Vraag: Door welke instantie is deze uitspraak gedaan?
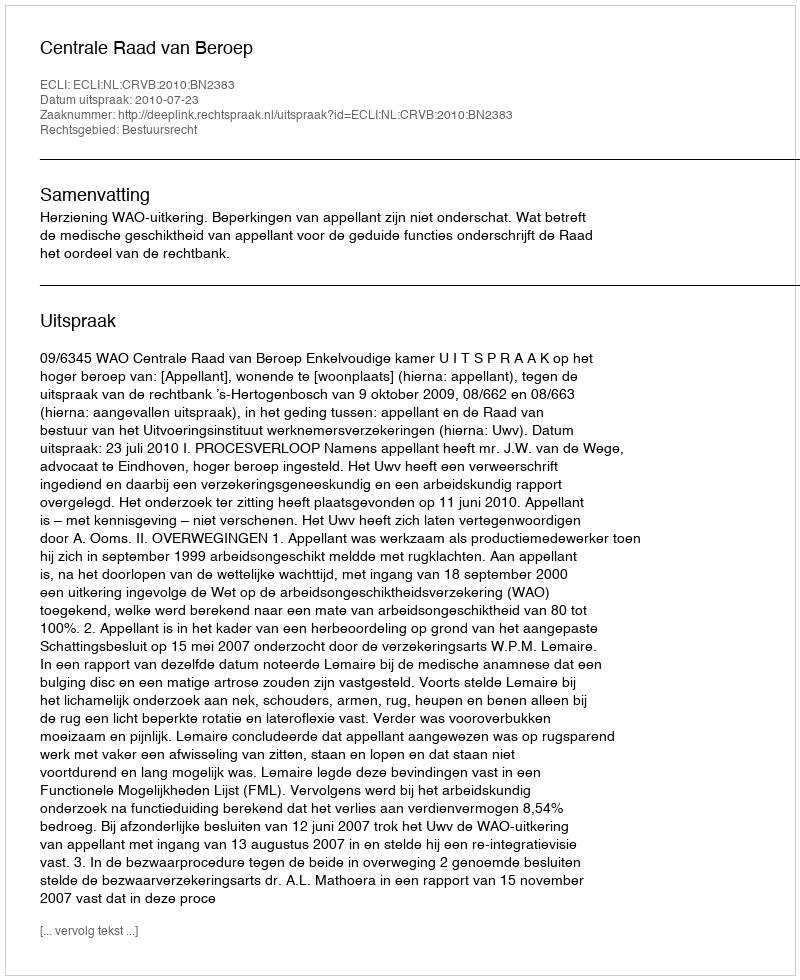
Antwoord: Centrale Raad van Beroep